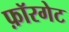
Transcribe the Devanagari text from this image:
फ़ॉरगेट